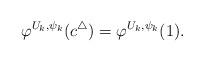
LaTeX: \begin{align*}\varphi^{U_k,\psi_k}(c^{\triangle})=\varphi^{U_k,\psi_k}(1).\end{align*}